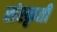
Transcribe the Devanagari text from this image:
संस्कृती